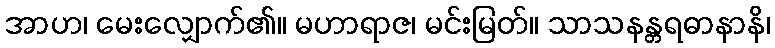
အာဟ၊ မေးလျှောက်၏။ မဟာရာဇ၊ မင်းမြတ်။ သာသနန္တရဓာနာနိ၊